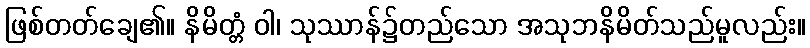
ဖြစ်တတ်ချေ၏။ နိမိတ္တံ ဝါ၊ သုဿာန်၌တည်သော အသုဘနိမိတ်သည်မူလည်း။